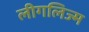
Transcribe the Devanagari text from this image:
लीगलिज्म